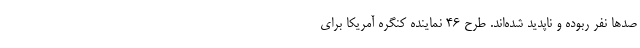
صدها نفر ربوده و ناپدید شده‌اند. طرح ۴۶ نماینده کنگره آمریکا برای